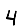
Digit: 4